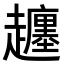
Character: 𧾡